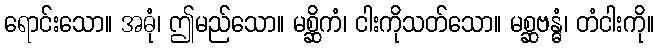
ရောင်းသော။ အဓုံ၊ ဤမည်သော။ မစ္ဆိကံ၊ ငါးကိုသတ်သော။ မစ္ဆဗန္ဓံ၊ တံငါးကို။